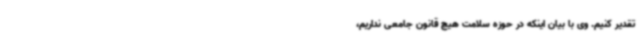
تقدیر کنیم. وی با بیان اینکه در حوزه سلامت هیچ قانون جامعی نداریم،